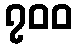
၇၀၀